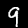
Digit: 9